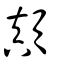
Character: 顚